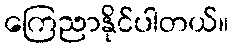
ကြေညာနိုင်ပါတယ်။